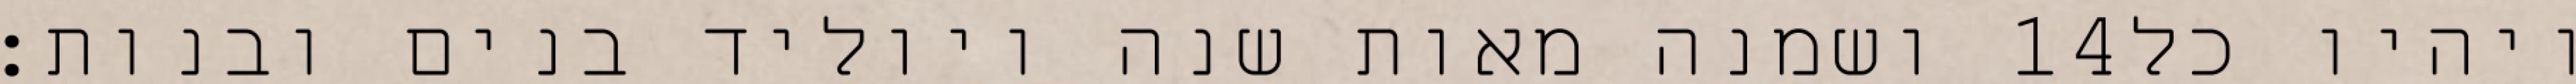
ושמנה מאות שנה ויוליד בנים ובנות׃ ‎14‏ ויהיו כל